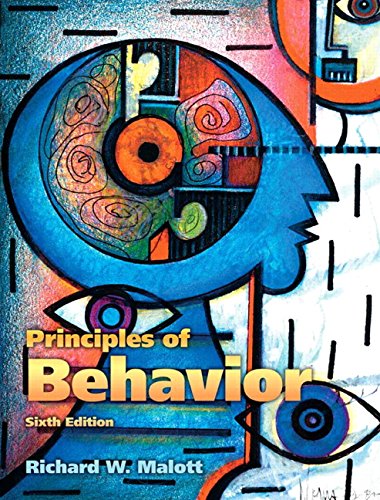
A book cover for Principles of Behavior (6th Edition); Richard W. Malott Ph.D.; Medical Books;